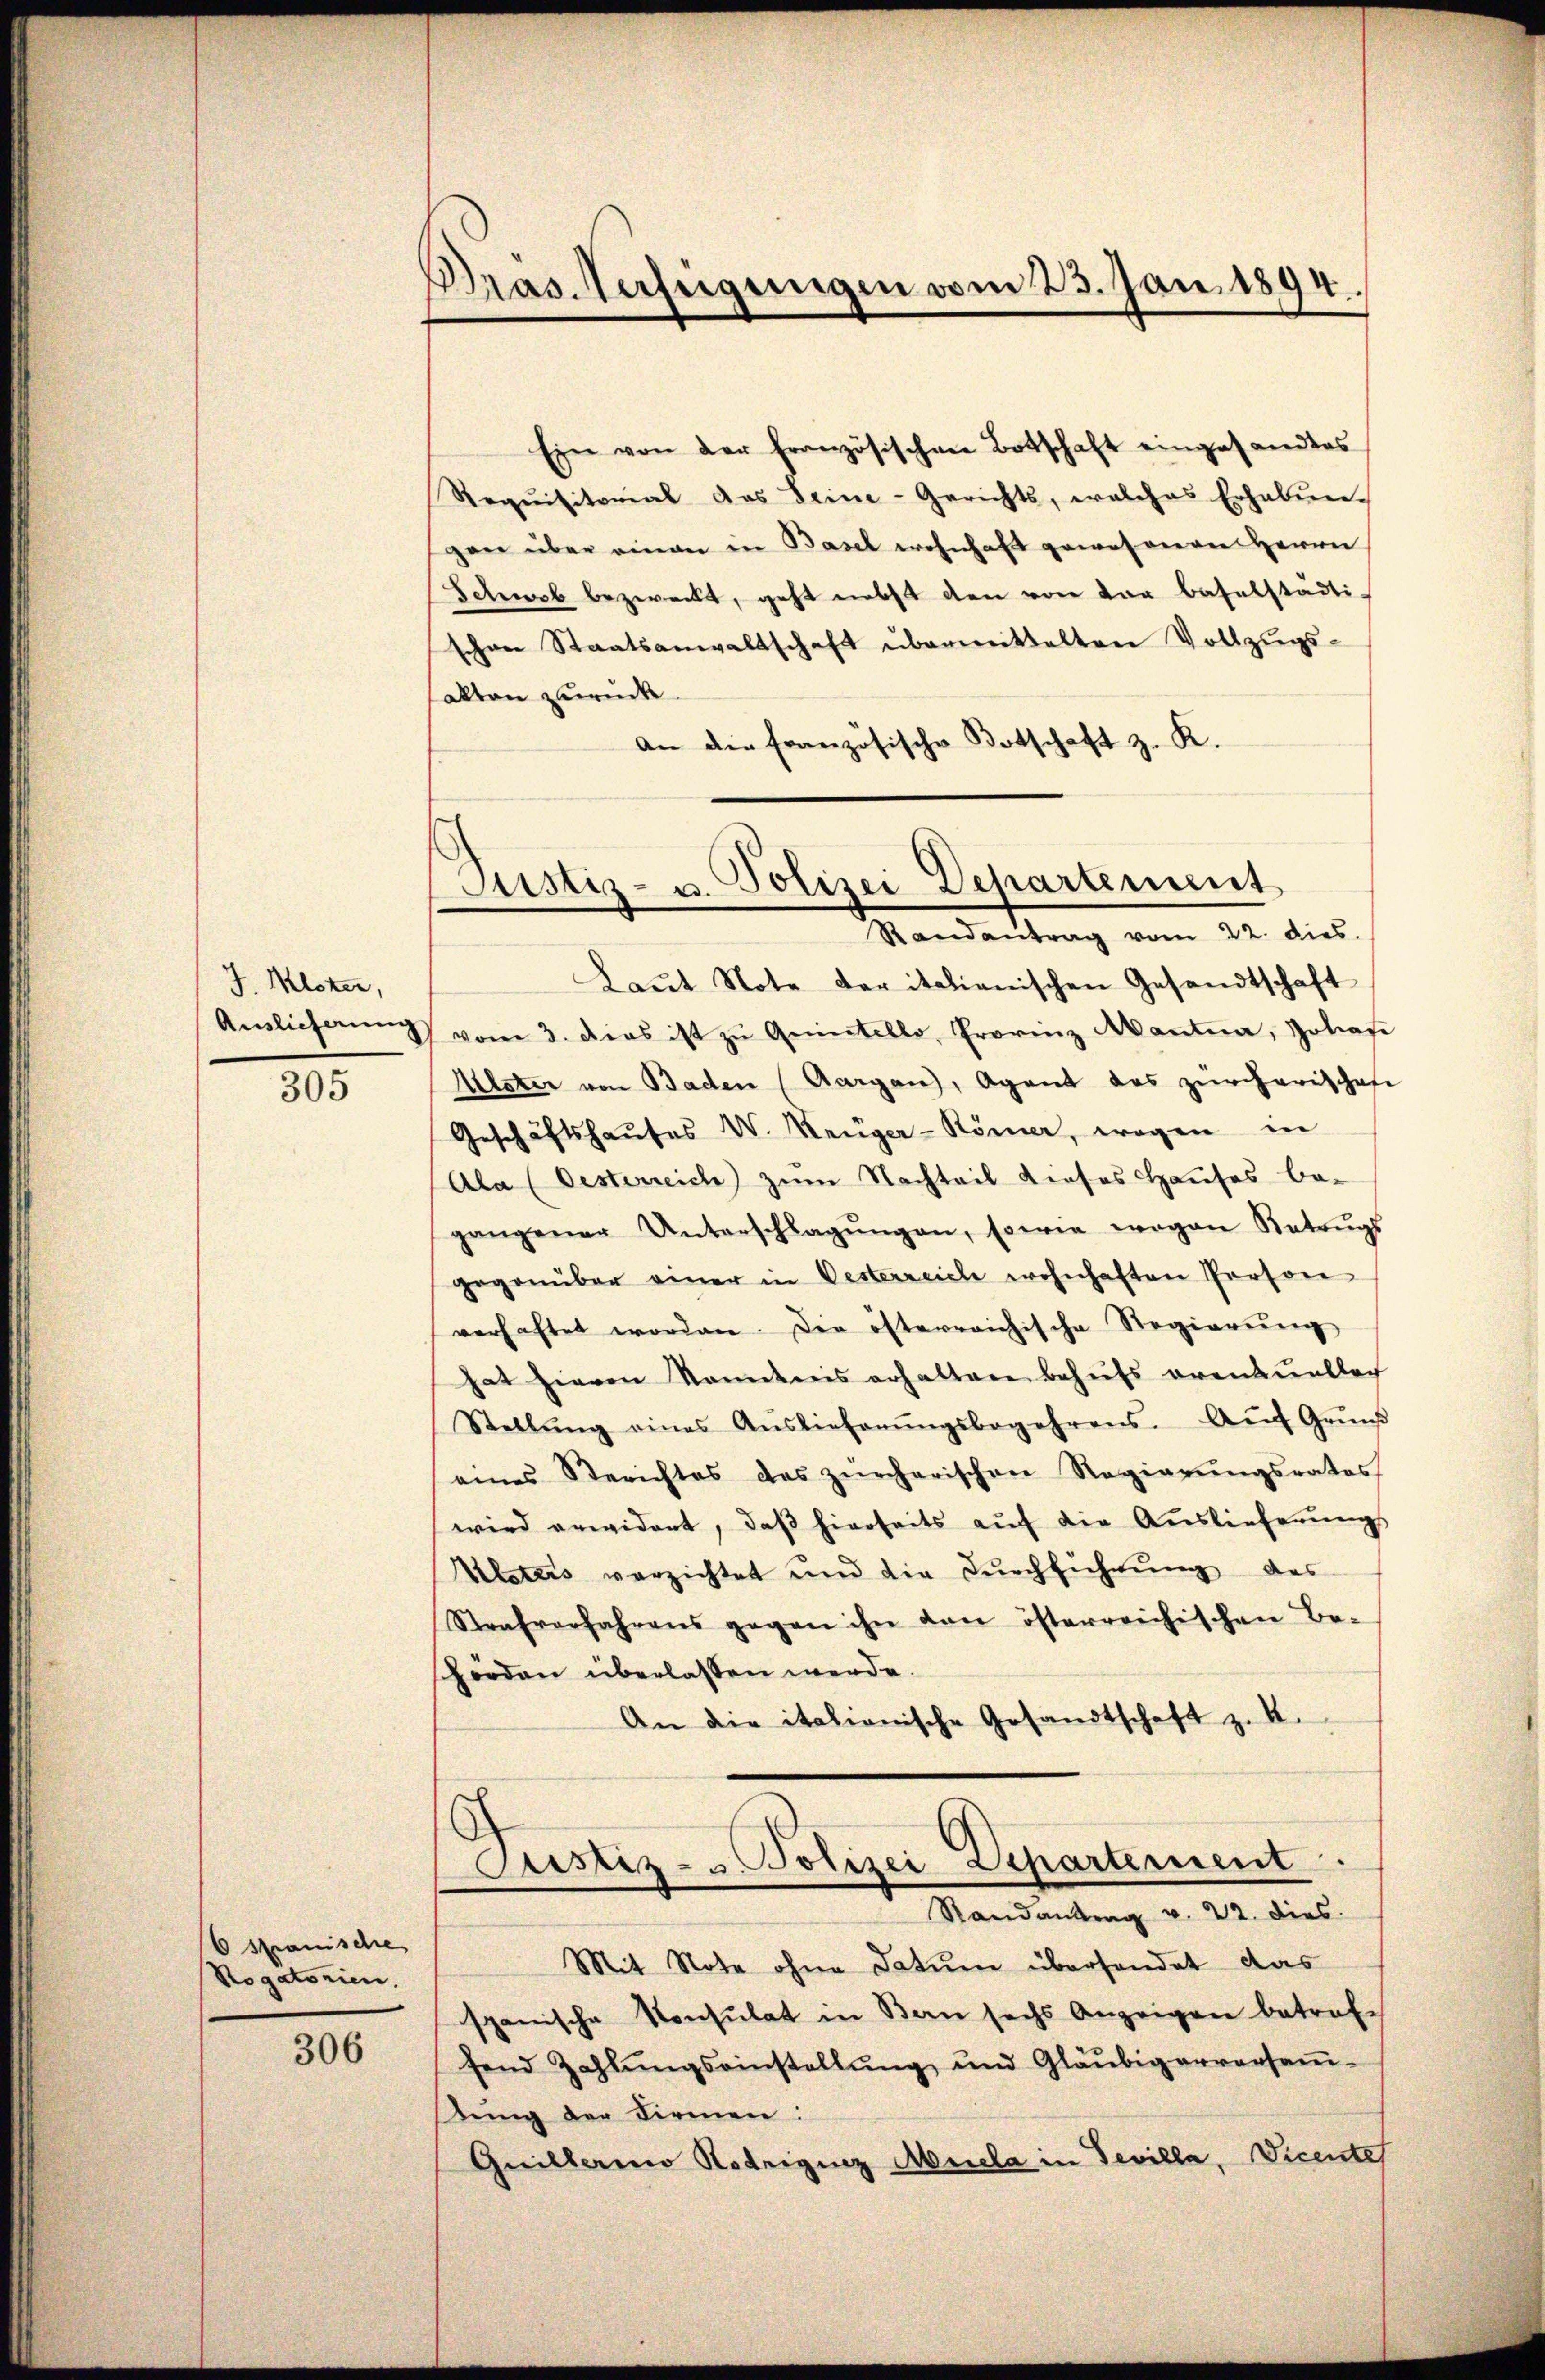
J. Mister,
Auslieferung

305

6 spanische
Rogatorien,

306

Pras Verfügungen vom 23. Jan. 1894.

Justiz- u. Polizei Departement
Randantrag vom 22. dies.

Ein von der Französischen Botschaft eingesandtes
Requisitorial das Seine-Gerichts, welches Erhaben-
gen über einen in Basel wohnhaft gewosieren Herrn
Schwab bezweckt, geht nebst den von der baselstädti-
schen Staatsanwaltschaft übermittelten Vollzugs-
akten zurück.
an die französische Botschaft z. K.
Laŭt Note der italienischen Gesandtschaft
vom 3. Dies ist zŭ entello, Provinz Manta, Poliafe
Alster von Baden (Aargau, Agent das zürcherischen
Geschäftshaŭses V. Renger-Römer, wogen in
Ala (Oesterreich zum Nachteil dieses Hauses be-
gangener Unterschlagŭngen, sowie wegen Katzŭgs
gegenüber einer in Oesterreich wohnhaften Person
verhaftet worden. Die öfterreichische Regierung
hat hievon kanntnis erhalten behŭfs eventuellach
Stellŭng eines Aŭslieferŭngsbegehrens. Aŭf Grŭnd
eines Berichtes des zürcherischen Regierŭngsrates
wird erwidert, daβ hierseits aŭf die Auslieferŭngs
Aleters verzichtet und die Dŭrchführŭng des
Strafverfahrens gegen ihn den österreichischen Be-
hörden überlassen werde.
An die italianische Gesandtschaft z. 4.
.
Justiz- u. Polizei Departement
Randantrag v. 22. dies
Mit Note ohne Datum übersendet das
spanische Konsulat in Bern sechs Anzeigen betref-
fend Zahlŭngseinstellŭng und Gläubigerversaṁ-
stung der Firmen:
Quillamo Nobrigenz Muela in Tevilla, Vicente